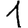
Digit: 1